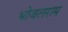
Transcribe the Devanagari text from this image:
भोजलराम